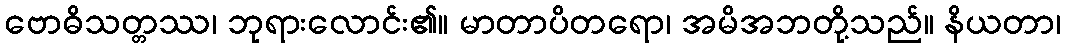
ဗောဓိသတ္တဿ၊ ဘုရားလောင်း၏။ မာတာပိတရော၊ အမိအဘတို့သည်။ နိယတာ၊